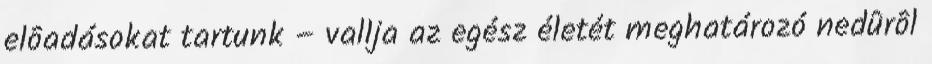
elôadásokat tartunk – vallja az egész életét meghatározó nedûrôl